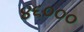
૪૬૦૦૦